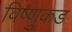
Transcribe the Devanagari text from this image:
विष्णुकड